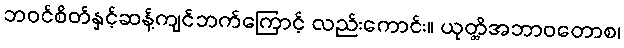
ဘဝင်စိတ်နှင့်ဆန့်ကျင်ဘက်ကြောင့် လည်းကောင်း။ ယုတ္တိအဘာဝတောစ၊